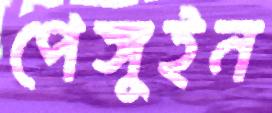
পেঙ্গুইন